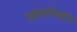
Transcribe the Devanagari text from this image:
आर्मागेडॉन